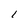
Character: l